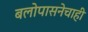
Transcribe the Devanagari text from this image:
बलोपासनेचाही